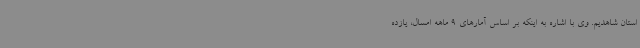
استان شاهدیم. وی با اشاره به اینکه بر اساس آمارهای 9 ماهه امسال، یازده